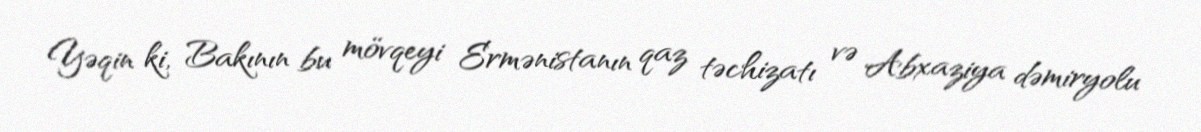
Yəqin ki, Bakının bu mövqeyi Ermənistanın qaz təchizatı və Abxaziya dəmiryolu